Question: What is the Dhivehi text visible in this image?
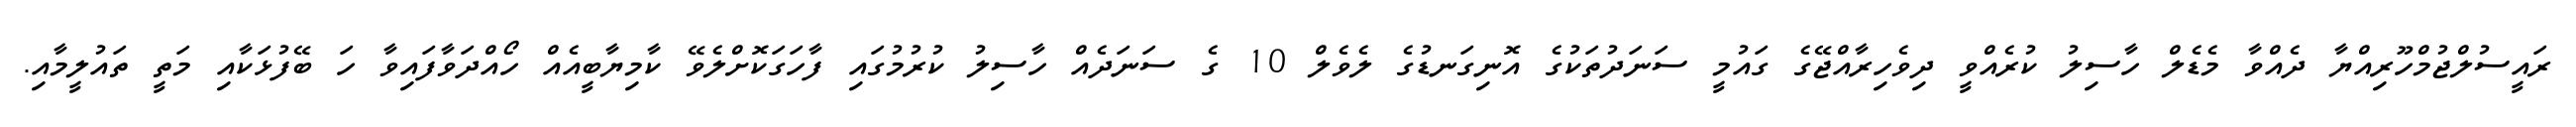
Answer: ރައީސުލްޖުމްހޫރިއްޔާ ދެއްވާ މެޑެލް ހާސިލު ކުރެއްވީ ދިވެހިރާއްޖޭގެ ގައުމީ ސަނަދުތަކުގެ އޮނިގަނޑުގެ ލެވެލް 10 ގެ ސަނަދެއް ހާސިލު ކުރުމުގައި ފާހަގަކޮށްލެވޭ ކާމިޔާބީއެއް ހޯއްދަވާފައިވާ ހަ ބޭފުޅަކާއި މަތީ ތައުލީމާއި.